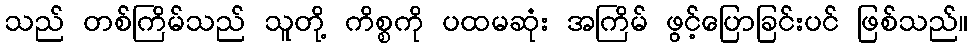
သည် တစ်ကြိမ်သည် သူတို့ ကိစ္စကို ပထမဆုံး အကြိမ် ဖွင့်ပြောခြင်းပင် ဖြစ်သည်။